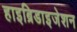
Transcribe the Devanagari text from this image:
हाइब्रिडाइजेशन